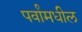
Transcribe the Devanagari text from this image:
पर्वांमधील